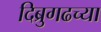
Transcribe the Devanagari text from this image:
दिब्रुगढच्या